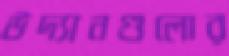
উদ্যানগুলোর